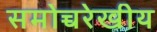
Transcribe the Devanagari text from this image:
समोच्चरेखीय